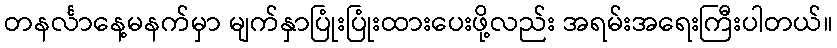
တနင်္လာနေ့မနက်မှာ မျက်နှာပြုံးပြုံးထားပေးဖို့လည်း အရမ်းအရေးကြီးပါတယ်။